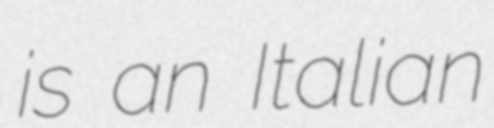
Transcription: is an Italian